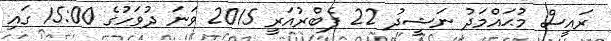
ރައީސް މުޙައްމަދު ނަޝީދު 22 ފެބްރުއަރީ 2015 ވަނަ ދުވަހުގެ 15:00 ގައި